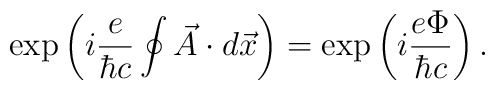
\exp \left( i \frac{e}{\hbar c} \oint \vec{A} \cdot d\vec{x}\right)    = \exp \left( i \frac{e\Phi}{\hbar c} \right).